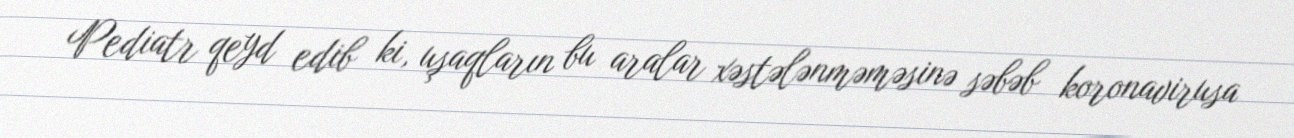
Pediatr qeyd edib ki, uşaqların bu aralar xəstələnməməsinə səbəb koronavirusa